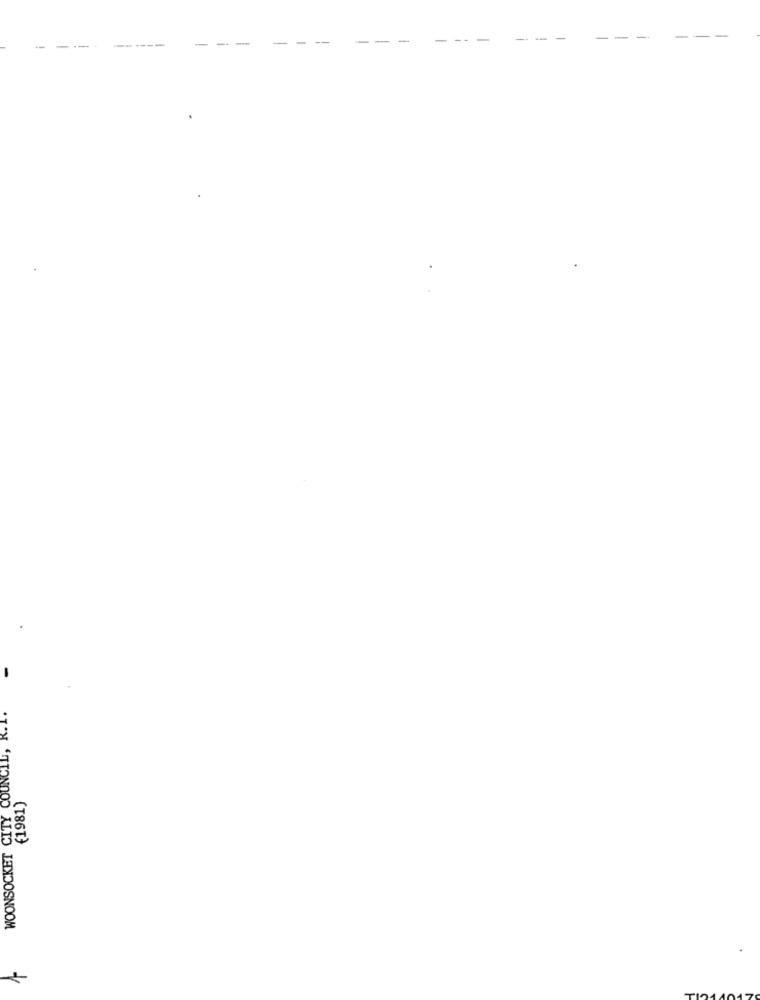
WOONSOCKET CITY COUNCIL, R. L.
(1981)